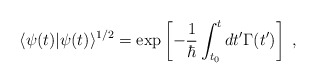
\begin{align*}\langle\psi(t)|\psi(t)\rangle^{1/2} = \exp\left[-\frac{1}{\hbar}\int_{t_0}^tdt' \Gamma(t') \right] \; ,\end{align*}